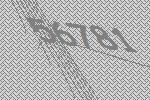
56781